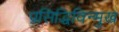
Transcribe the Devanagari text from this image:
प्रसिद्धिविन्मुख